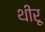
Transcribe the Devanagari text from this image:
थीरू